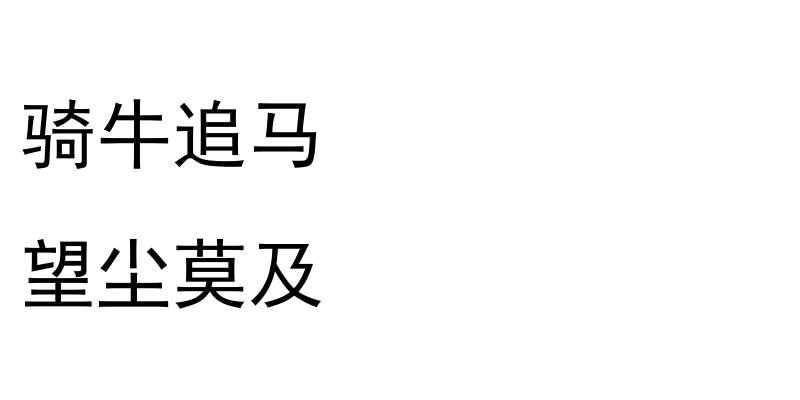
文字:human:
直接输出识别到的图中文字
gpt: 骑牛追马 望尘莫及